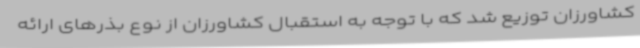
کشاورزان توزیع شد که با توجه به استقبال کشاورزان از نوع بذرهای ارائه